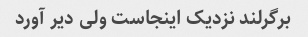
برگرلند نزدیک اینجاست ولی دیر آورد